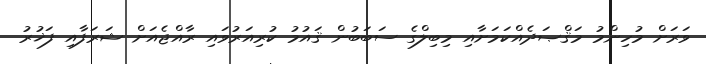
ވަރަށް މުހިންމު މަޤްޞަދެއްކަމަށާއި މިބިލްގެ ސަބަބުން ޤައުމު ކުރިއަރުވައި ރާއްޖެއަށް ޝަރަފާއި ފަޚުރު